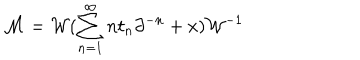
{ \cal M } = { \cal W } ( \sum _ { n = 1 } ^ { \infty } n t _ { n } \partial ^ { - n } + x ) { \cal W } ^ { - 1 }